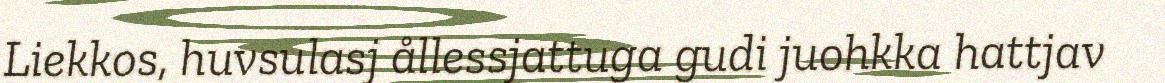
Liekkos, huvsulasj ållessjattuga gudi juohkka hattjav